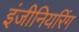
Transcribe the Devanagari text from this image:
इंजीनियरिंग